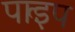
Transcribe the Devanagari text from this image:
पार्इप